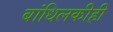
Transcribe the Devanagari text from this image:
बांधिलकीही